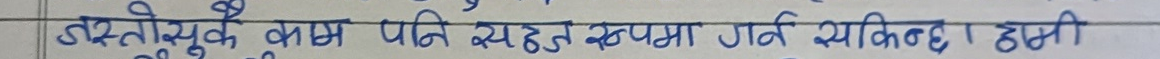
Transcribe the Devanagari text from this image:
हस्तक्षेप कै काम पनि सहज रूपमा गर्न सकिन्छ । हामी